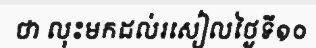
ថា លុះមកដល់រសៀលថ្ងៃទី១០